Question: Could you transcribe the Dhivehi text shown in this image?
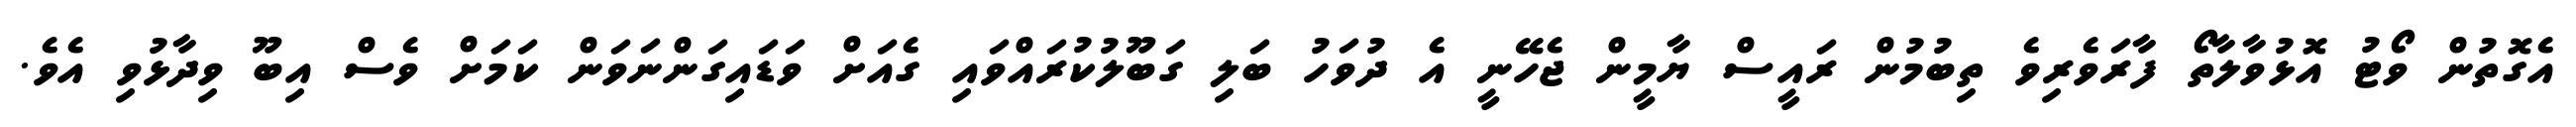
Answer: އެގޮތުން ވޯޓު އޮޅުވާލާތޯ ފާރަވެރިވެ ތިބުމުން ރައީސް ޔާމީން ޖެހޭނީ އެ ދުވަހު ބަލި ގަބޫލުކުރައްވައި ގެއަށް ވަޑައިގަންނަވަން ކަމަށް ވެސް އިބޫ ވިދާޅުވި އެވެ.